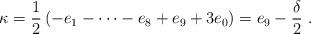
LaTeX: \begin{align*}\kappa= \frac{1}{2}\left(-e_1 - \dots - e_8 + e_9 + 3 e_0 \right) = e_9 - \frac{\delta}{2}\ .\end{align*}